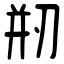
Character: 剙